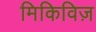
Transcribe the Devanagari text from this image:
मिकिविज़